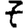
Digit: 7